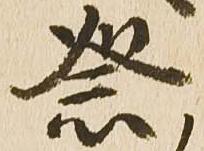
祭